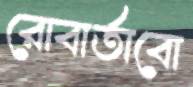
রোবার্তাবো